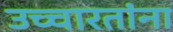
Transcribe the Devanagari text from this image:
उच्चारतांना